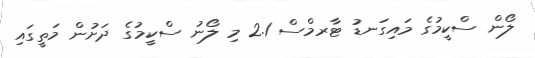
ލޯން ސްކީމުގެ މައިގަނޑު ޓާރމްސް 2.1 މި ލޯނު ސްކީމުގެ ދަށުން މަތީގައި